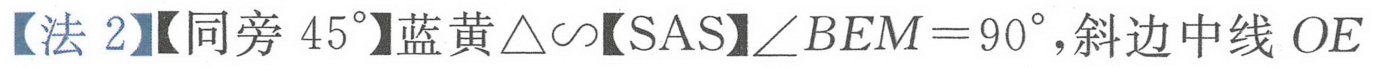
【法 2】【同旁 \(45^{\circ}\)】蓝黄\(\triangle\backsim\)【SAS】\(\angle BEM = 90^{\circ}\), 斜边中线 \(OE\)